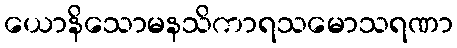
ယောနိသောမနသိကာရသမောသရဏာ